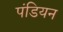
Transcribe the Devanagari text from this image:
पंडियन